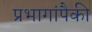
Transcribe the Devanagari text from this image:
प्रभागांपैकी